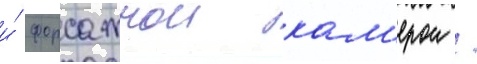
и́ форсажнои кам'ерои /